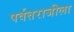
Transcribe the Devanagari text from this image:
पर्वतराजीला